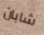
شابان